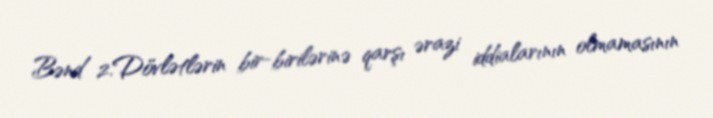
Bənd 2.Dövlətlərin bir-birilərinə qarşı ərazi iddialarının olmamasının